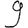
Digit: 9